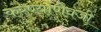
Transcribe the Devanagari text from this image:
करण्याणेवजी